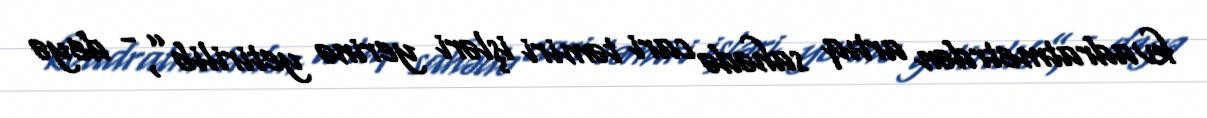
kvadratmetrdən artıq sahədə cari təmiri işləri yerinə yetirilib”, - deyə